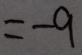
= - 9